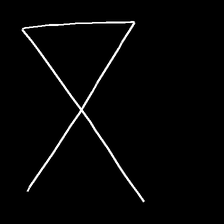
Glyph: collection